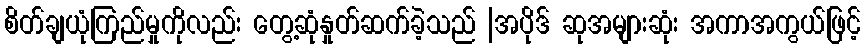
စိတ်ချယုံကြည်မှုကိုလည်း တွေ့ဆုံနှုတ်ဆက်ခဲ့သည် |အပိုဒ် ဆုအများဆုံး အကာအကွယ်ဖြင့်